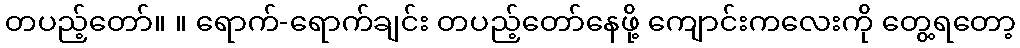
တပည့်တော်။ ။ ရောက်-ရောက်ချင်း တပည့်တော်နေဖို့ ကျောင်းကလေးကို တွေ့ရတော့